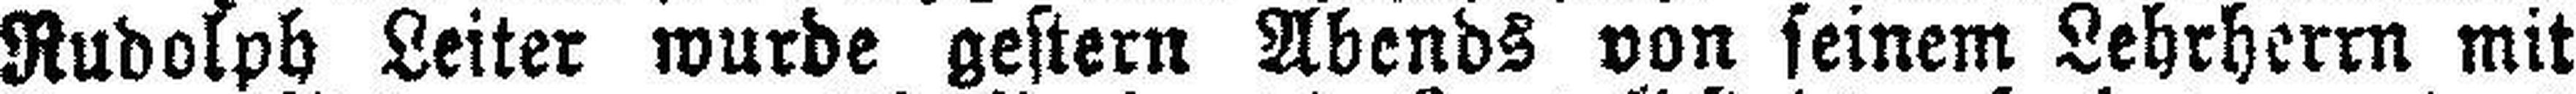
Rudolph Leiter wurde gestern Abends von seinem Lehrherrn mit